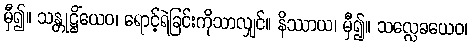
မှီ၍။ သန္တုဋ္ဌိံယေဝ၊ ရောင့်ရဲခြင်းကိုသာလျှင်။ နိဿာယ၊ မှီ၍။ သလ္လေခယေဝ၊